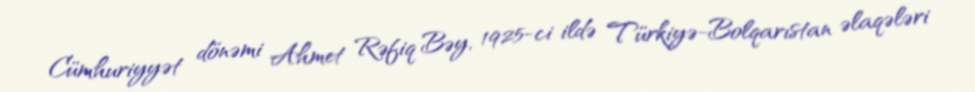
Cümhuriyyət dönəmi Ahmet Rəfiq Bəy, 1925-ci ildə Türkiyə-Bolqarıstan əlaqələri